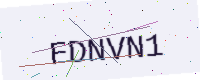
Text: FDNVN1